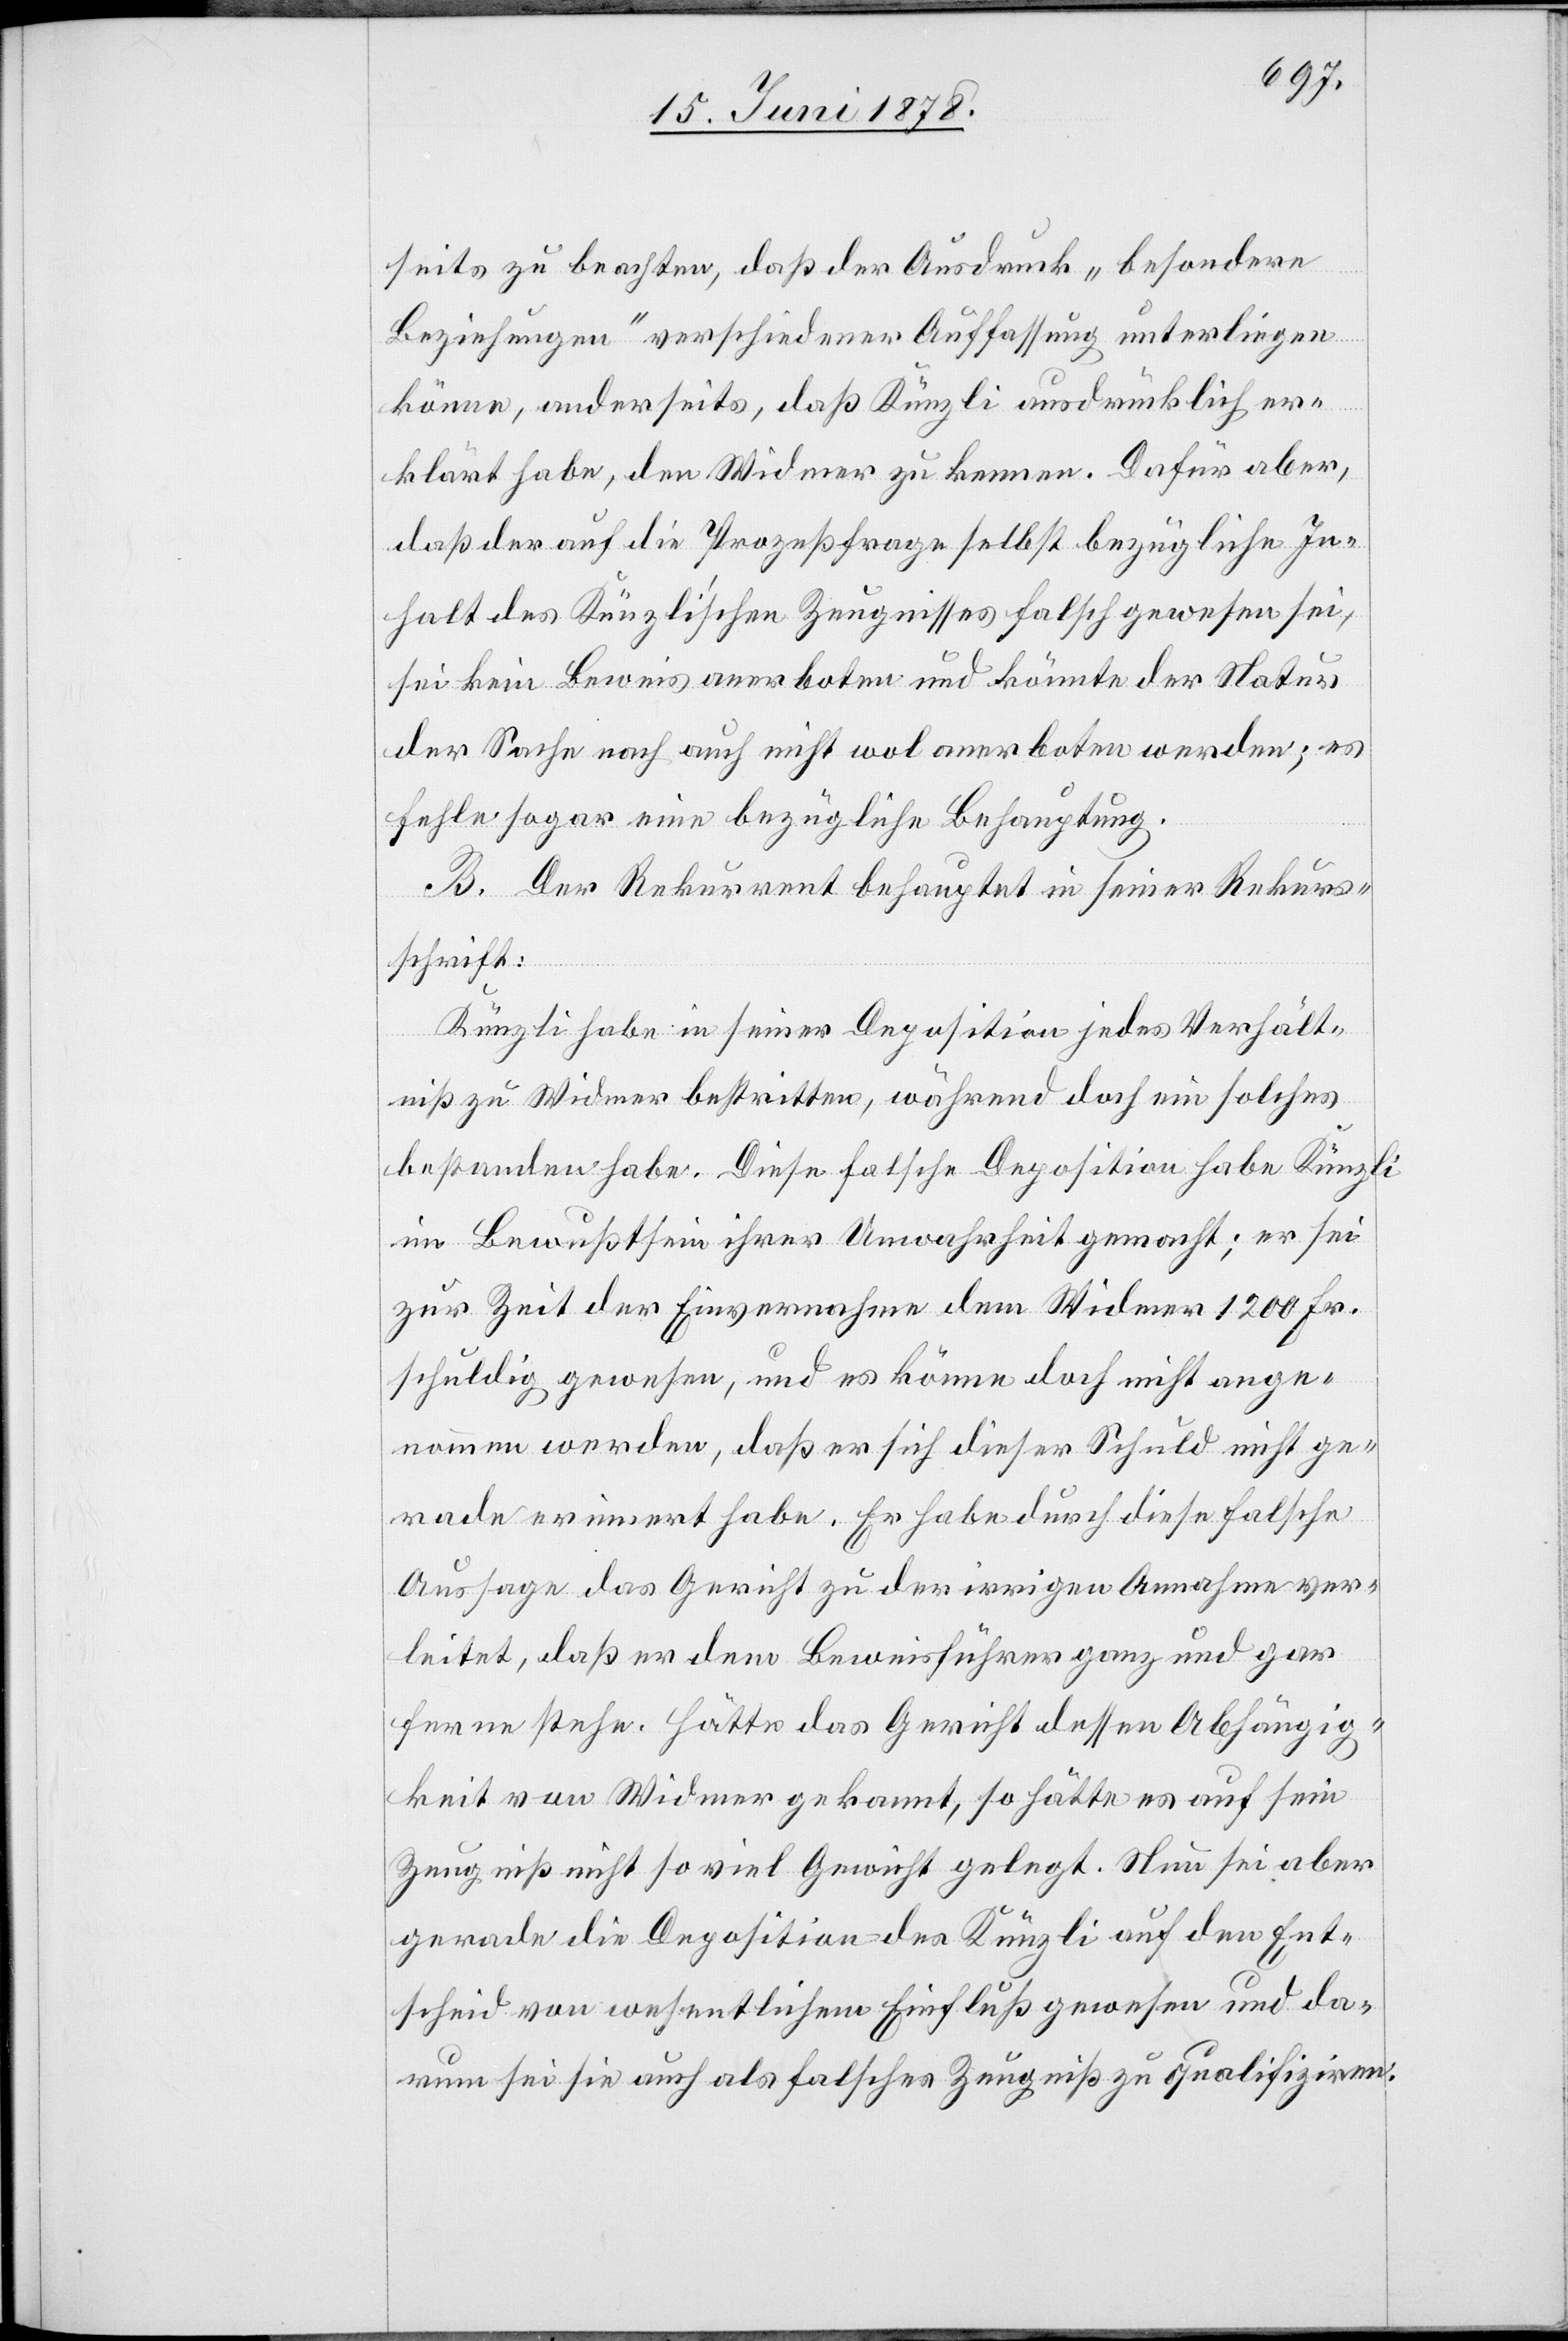
seits zu beachten, daß der Ausdruck „besondere
Beziehungen“ verschiedener Auffassung unterliegen
könne, anderseits, daß Künzli ausdrücklich er¬
klärt habe, den Widmer zu kennen. Dafür aber,
daß der auf die Prozeßfrage selbst bezügliche In¬
halt des Künzli’schen Zeugnisses falsch gewesen sei,
sei kein Beweis anerboten und könnte der Natur
der Sache nach auch nicht wol anerboten werden; es
fehle sogar eine bezügliche Behauptung.
B. Der Rekurrent behauptet in seiner Rekurs¬
schrift:
Künzli habe in seiner Deposition jedes Verhält¬
niß zu Widmer bestritten, während doch ein solches
bestanden habe. Diese falsche Deposition habe Künzli
im Bewußtsein ihrer Unwahrheit gemacht; er sei
zur Zeit der Einvernahme dem Widmer 1200 Fr.
schuldig gewesen, und es könne doch nicht ange¬
nommen werden, daß er sich dieser Schuld nicht ge¬
rade erinnert habe. Er habe durch diese falsche
Aussage das Gericht zu der irrigen Annahme ver¬
leitet, daß er dem Beweisführer ganz und gar
ferne stehe. Hätte das Gericht dessen Abhängig¬
keit von Widmer gekannt, so hätte es auf sein
Zeugniß nicht so viel Gewicht gelegt. Nun sei aber
gerade die Deposition des Künzli auf den Ent¬
scheid von wesentlichem Einfluß gewesen und da¬
rum sei sie auch als falsches Zeugniß zu qualifiziren.